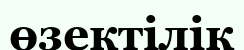
өзектілік